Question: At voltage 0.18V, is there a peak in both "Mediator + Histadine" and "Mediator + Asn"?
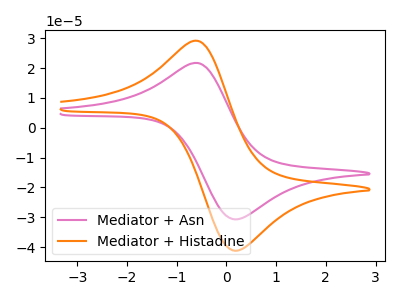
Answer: <think>The pink curve "Mediator + Asn" has an anodic peak at (-0.60V, 21.65uA) and a cathodic peak at (0.20V, -30.70uA). The orange curve "Mediator + Histadine" has an anodic peak at (-0.60V, 29.10uA) and a cathodic peak at (0.20V, -41.20uA).</think>
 <answer>Yes, "Mediator + Histadine" and "Mediator + Asn" share a peak at 0.18V.</answer>
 <eval>match</eval>